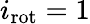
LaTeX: {i_{\mathrm{rot}}}=1